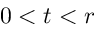
0 < t < r